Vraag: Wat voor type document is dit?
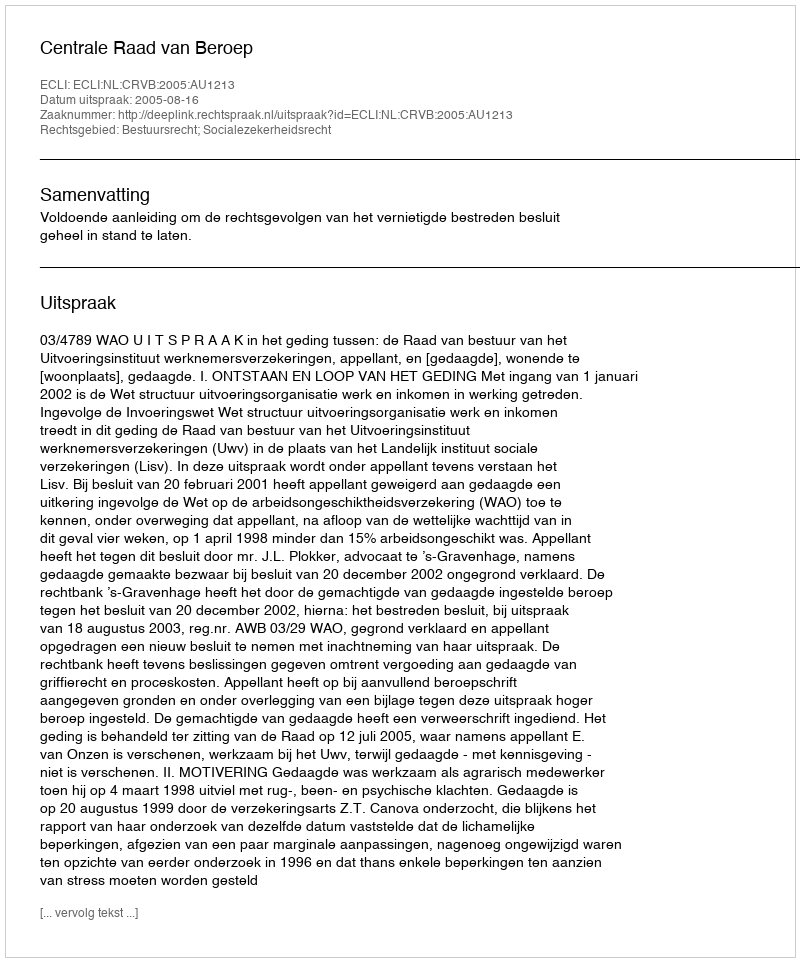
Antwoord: Uitspraak